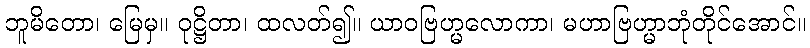
ဘူမိတော၊ မြေမှ။ ဝုဋ္ဌိတာ၊ ထလတ်၍။ ယာဝဗြဟ္မလောကာ၊ မဟာဗြဟ္မာဘုံတိုင်အောင်။